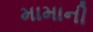
મામાની